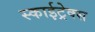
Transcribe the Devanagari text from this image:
स्काईट्रेक्स